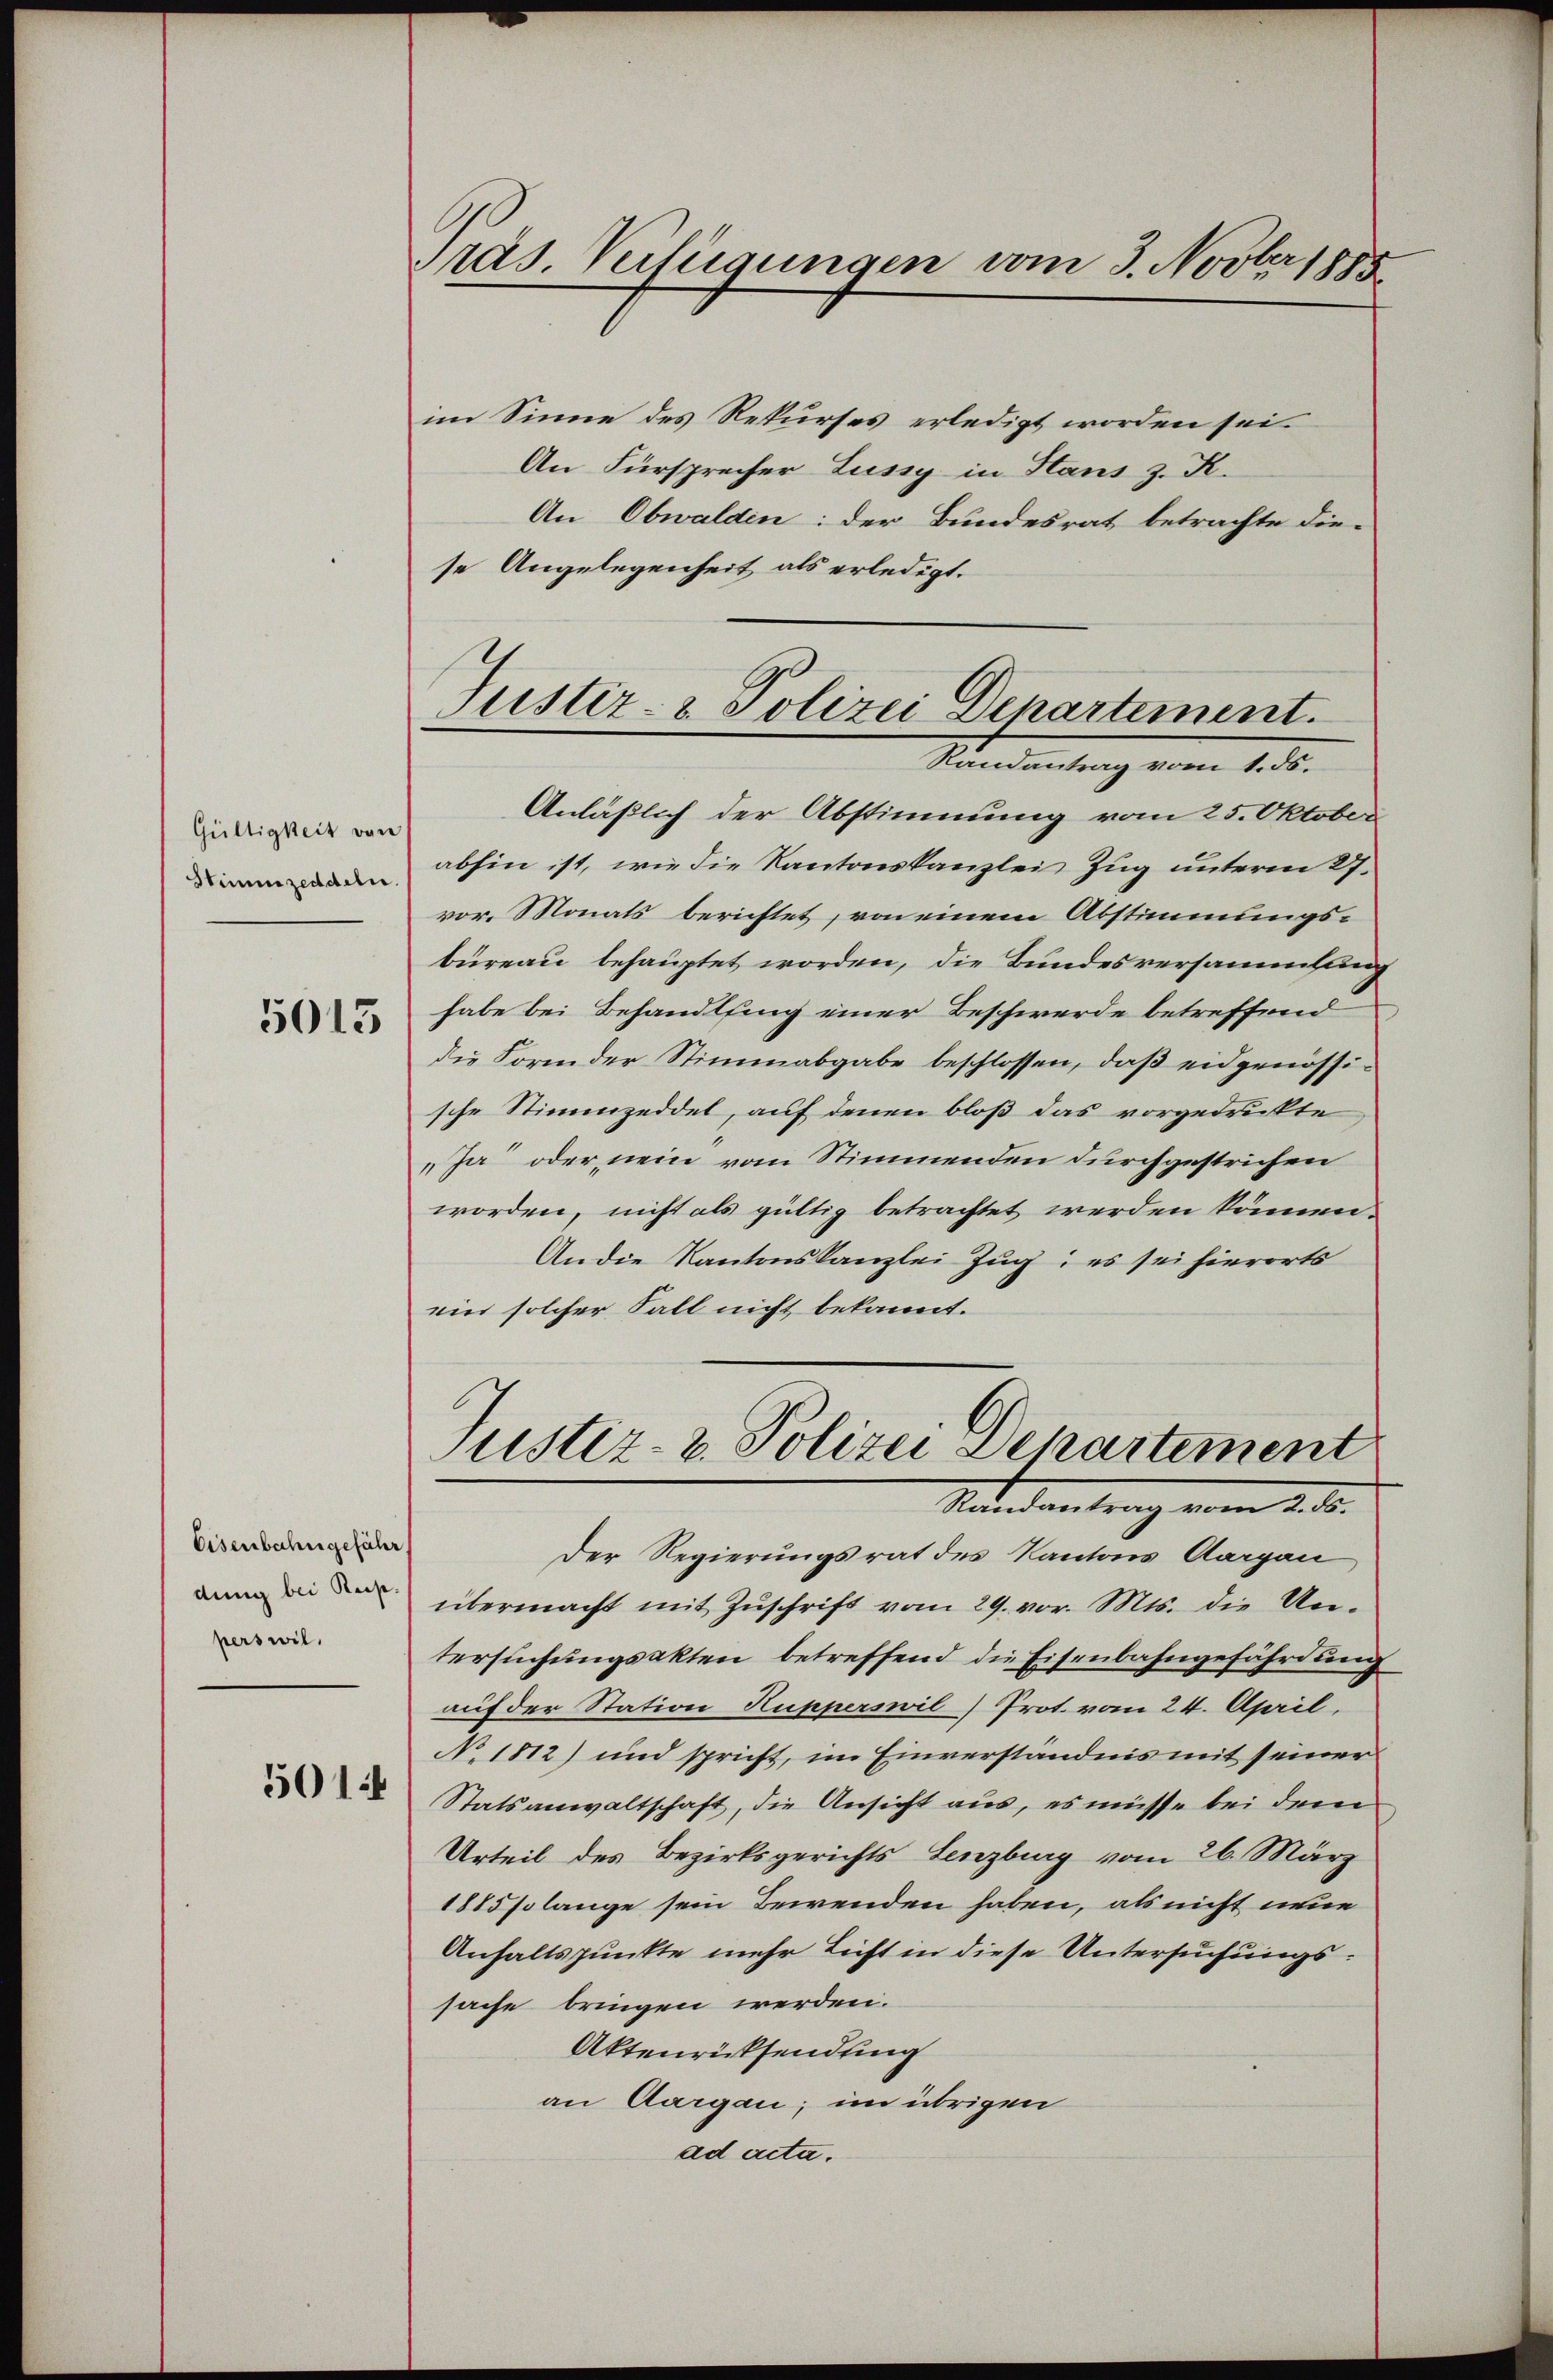
Gültigkeit von
Stimmzeddeln.

5013

Eisenbahngeführ
dung bei Reis
perswil.

5014

im Sinne des Rekurses erledigt worden sei.
An Fürsprecher Lussy in Haus z. K.
An Obwalden: der Bundesrat betrachte die-
se Angelegenheit als erledigt.

räs. Verfügungen vom 3. Novber 1885

Justiz- & Polizei Departement.
Randantrag vom 1. ds.

Justiz- & Polizei Departement
Randantrag vom 2. ds.

Anläßlich der Abstimmung vom 25. Oktober
abhin ist, wie die Kantonskanzlei Zug unterm 27.
vor. Monats berichtet, von einem Abstimmungs-
büreau behauptet worden, die Bundesversammlung
habe bei Behandlsing einer Beschwerde betreffend
die Form der Stimmabgabe beschlossen, daß eidgenössische Stimmzeddel, auf denen bloß das vorgedruckte
„Ja oder nein vom Stimmenden durchgestrichen
worden, nicht als gültig betrachtet werden können.
An die Kantonskanzlei Zug; es sei hierorts
ein solcher Fall nicht bekannt.
Der Regierungsrat des Kantons Aargau
übermacht mit Zŭschrift vom 29. vor. Mts. die Un-
tersuchungsakten betreffend die Eisenbahngefährdung
auf der Station Kupperswil) Prot vom 24. April,
No. 1812) und spricht, im Einverständnis mit seiner
Statsanwaltschaft, die Ansicht aus, es müsse bei dem
Urteil des Bezirksgerichts Lenzburg vom 26. März
1885 so lange sein Bewenden haben, als nicht neue
Anhaltspunkte mehr Licht in diese Untersuchungssache bringen werden.
Aktenrücksendung
an Aargau; im übrigen
ad acta.